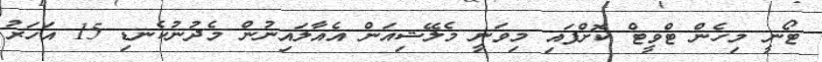
ޓޯނީ މިހެން ޓްވީޓް ކޮށްފައި މިވަނީ މެލޭޝިއަން އެއާލައިނުން މެދުނުކެނޑި 15 އަހަރު